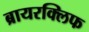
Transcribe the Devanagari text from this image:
ब्रायरक्लिफ